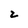
Character: 2